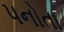
પનોતા